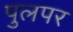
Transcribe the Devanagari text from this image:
पुलपर